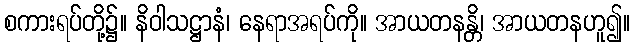
စကားရပ်တို့၌။ နိဝါသဋ္ဌာနံ၊ နေရာအရပ်ကို။ အာယတနန္တိ၊ အာယတနဟူ၍။